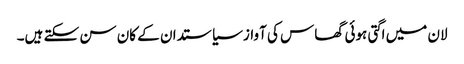
لان میں اگتی ہوئی گھاس کی آواز سیاستدان کے کان سن سکتے ہیں۔